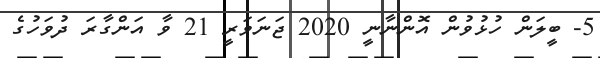
5- ބީލަން ހުޅުވުން އޮންނާނީ 2020 ޖަނަވަރީ 21 ވާ އަންގާރަ ދުވަހުގެ